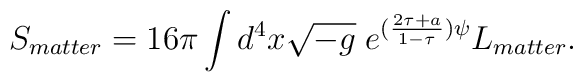
S_{matter}=16\pi\int d^4x\sqrt{-g}\;e^{(\frac{2\tau+a}{1-\tau})\psi}L_{matter}.